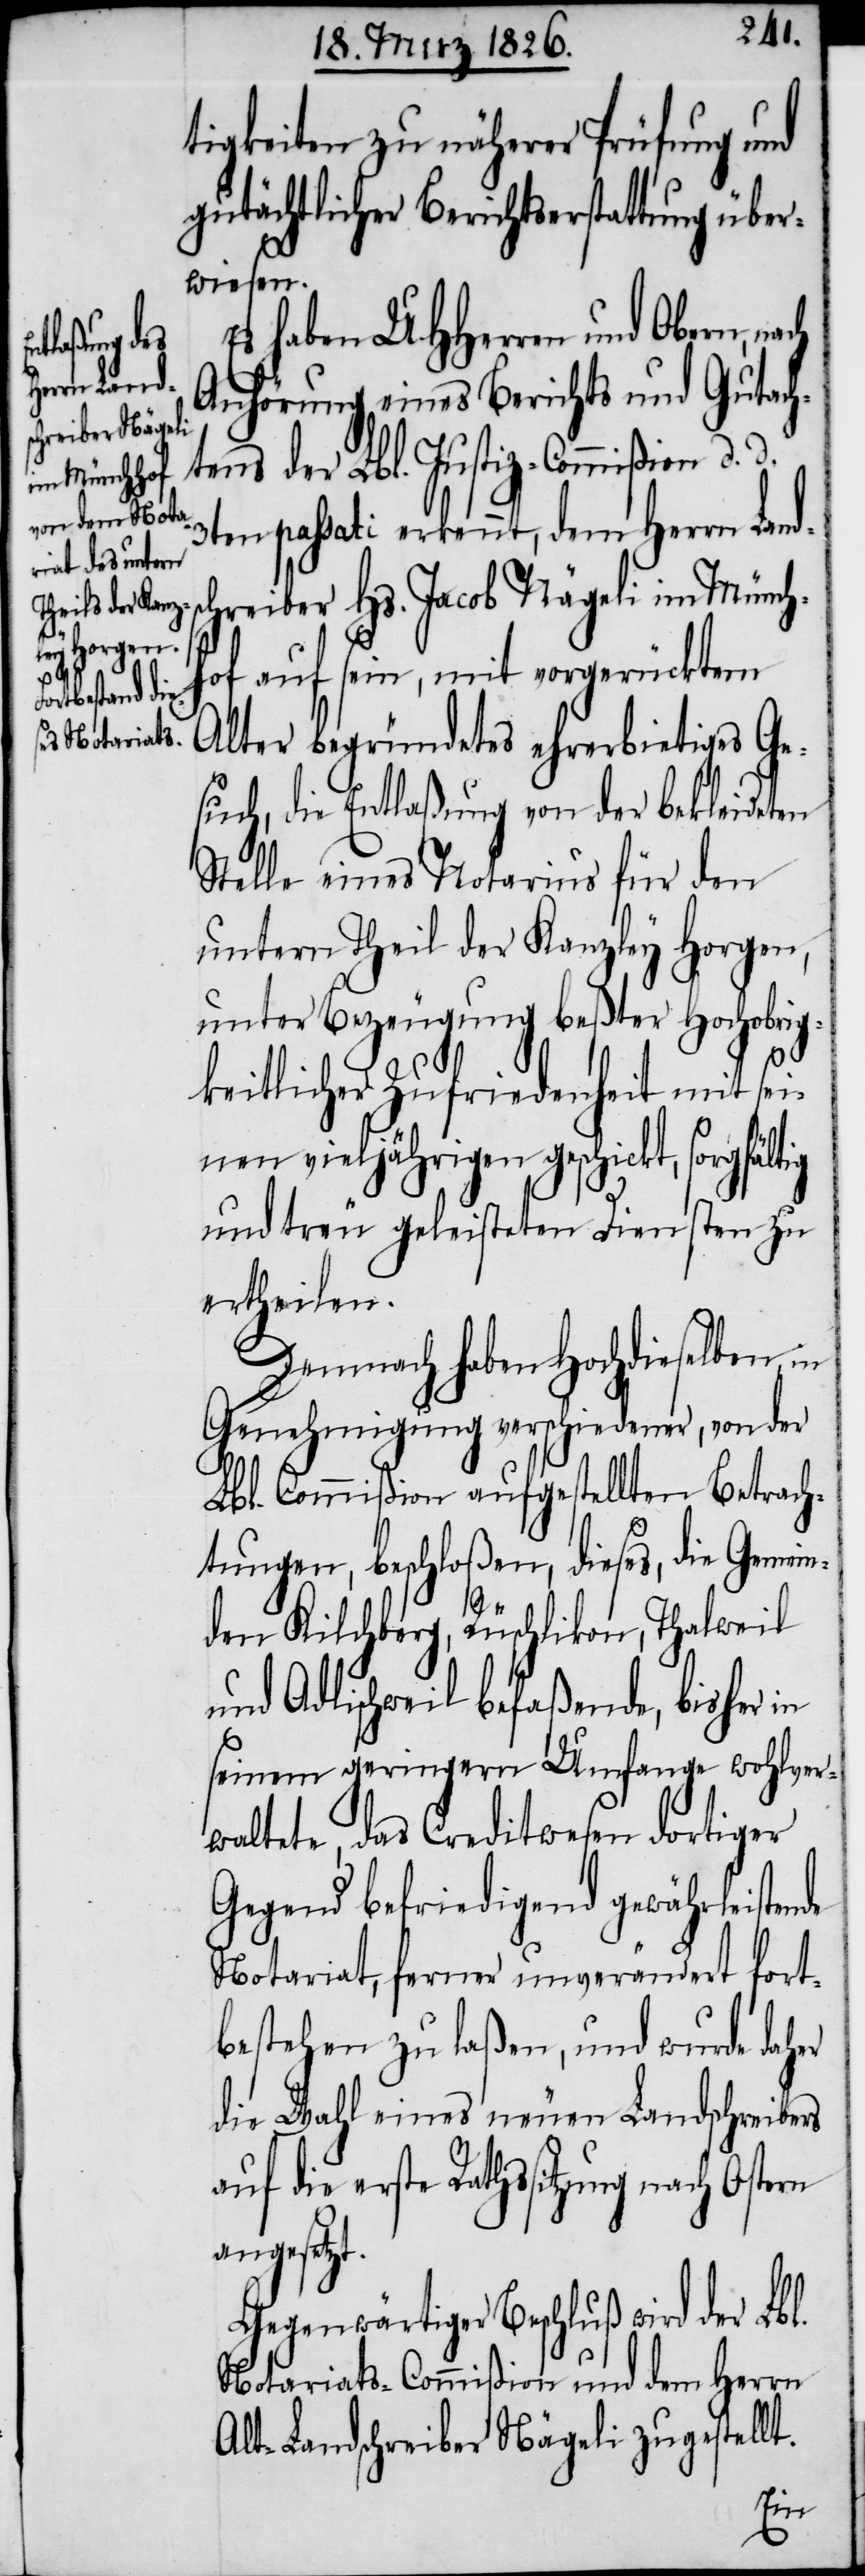
tigkeiten zu näherer Prüfung und
gutächtlicher Berichtserstattung über¬
wiesen.
Es haben UHHerren und Obern,
Anhörung eines Berichts und Gutach¬
tens der Lbl. Justiz-Commißion d.
3ten passati erkennt, dem Herrn Land¬
chreiber Hs. Jacob Nägeli im Münch¬
hof auf sein, mit vorgerücktem
Alter begründetes ehrerbietiges Ge¬
such, die Entlaßung von der bekleideten
Stelle eines Notarius für den
untern Theil der Kanzley Horgen,
unter Bezeugung beßter Hochobrig¬
keitlicher Zufriedenheit mit sei¬
nen vieljährigen geschickt, sorgfältig
und treu geleisteten Diensten zu
ertheilen.
Demnach haben Hochdieselben,
Genehmigung verschiedener, von der
Lbl. Commißion aufgestellten Betrach¬
tungen, beschloßen, dieses, die Gemein¬
s¬
den Kilchberg, Rüschlikon, Thalweil
und Adlischweil befaßende, bisher in
seinem geringern Umfange wohlver¬
waltete, das Creditwesen dortiger
Gegend befriedigend gewährleistende
Notariat, ferner unverändert fort¬
bestehen zu laßen, und wurde daher
die Wahl eines neuen Landschreibers
die erste Rathssitzung nach Ostern
angesetzt.
Gegenwärtiger Beschluß wird der Lbl.
Notariats-Commißion und dem Herrn
Alt-Landschreiber Nägeli zugestellt.